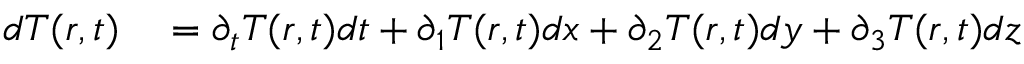
\begin{array} { r l } { d T ( r , t ) } & { { } = \partial _ { t } T ( r , t ) d t + \partial _ { 1 } T ( r , t ) d x + \partial _ { 2 } T ( r , t ) d y + \partial _ { 3 } T ( r , t ) d z } \end{array}